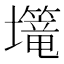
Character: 𱘗